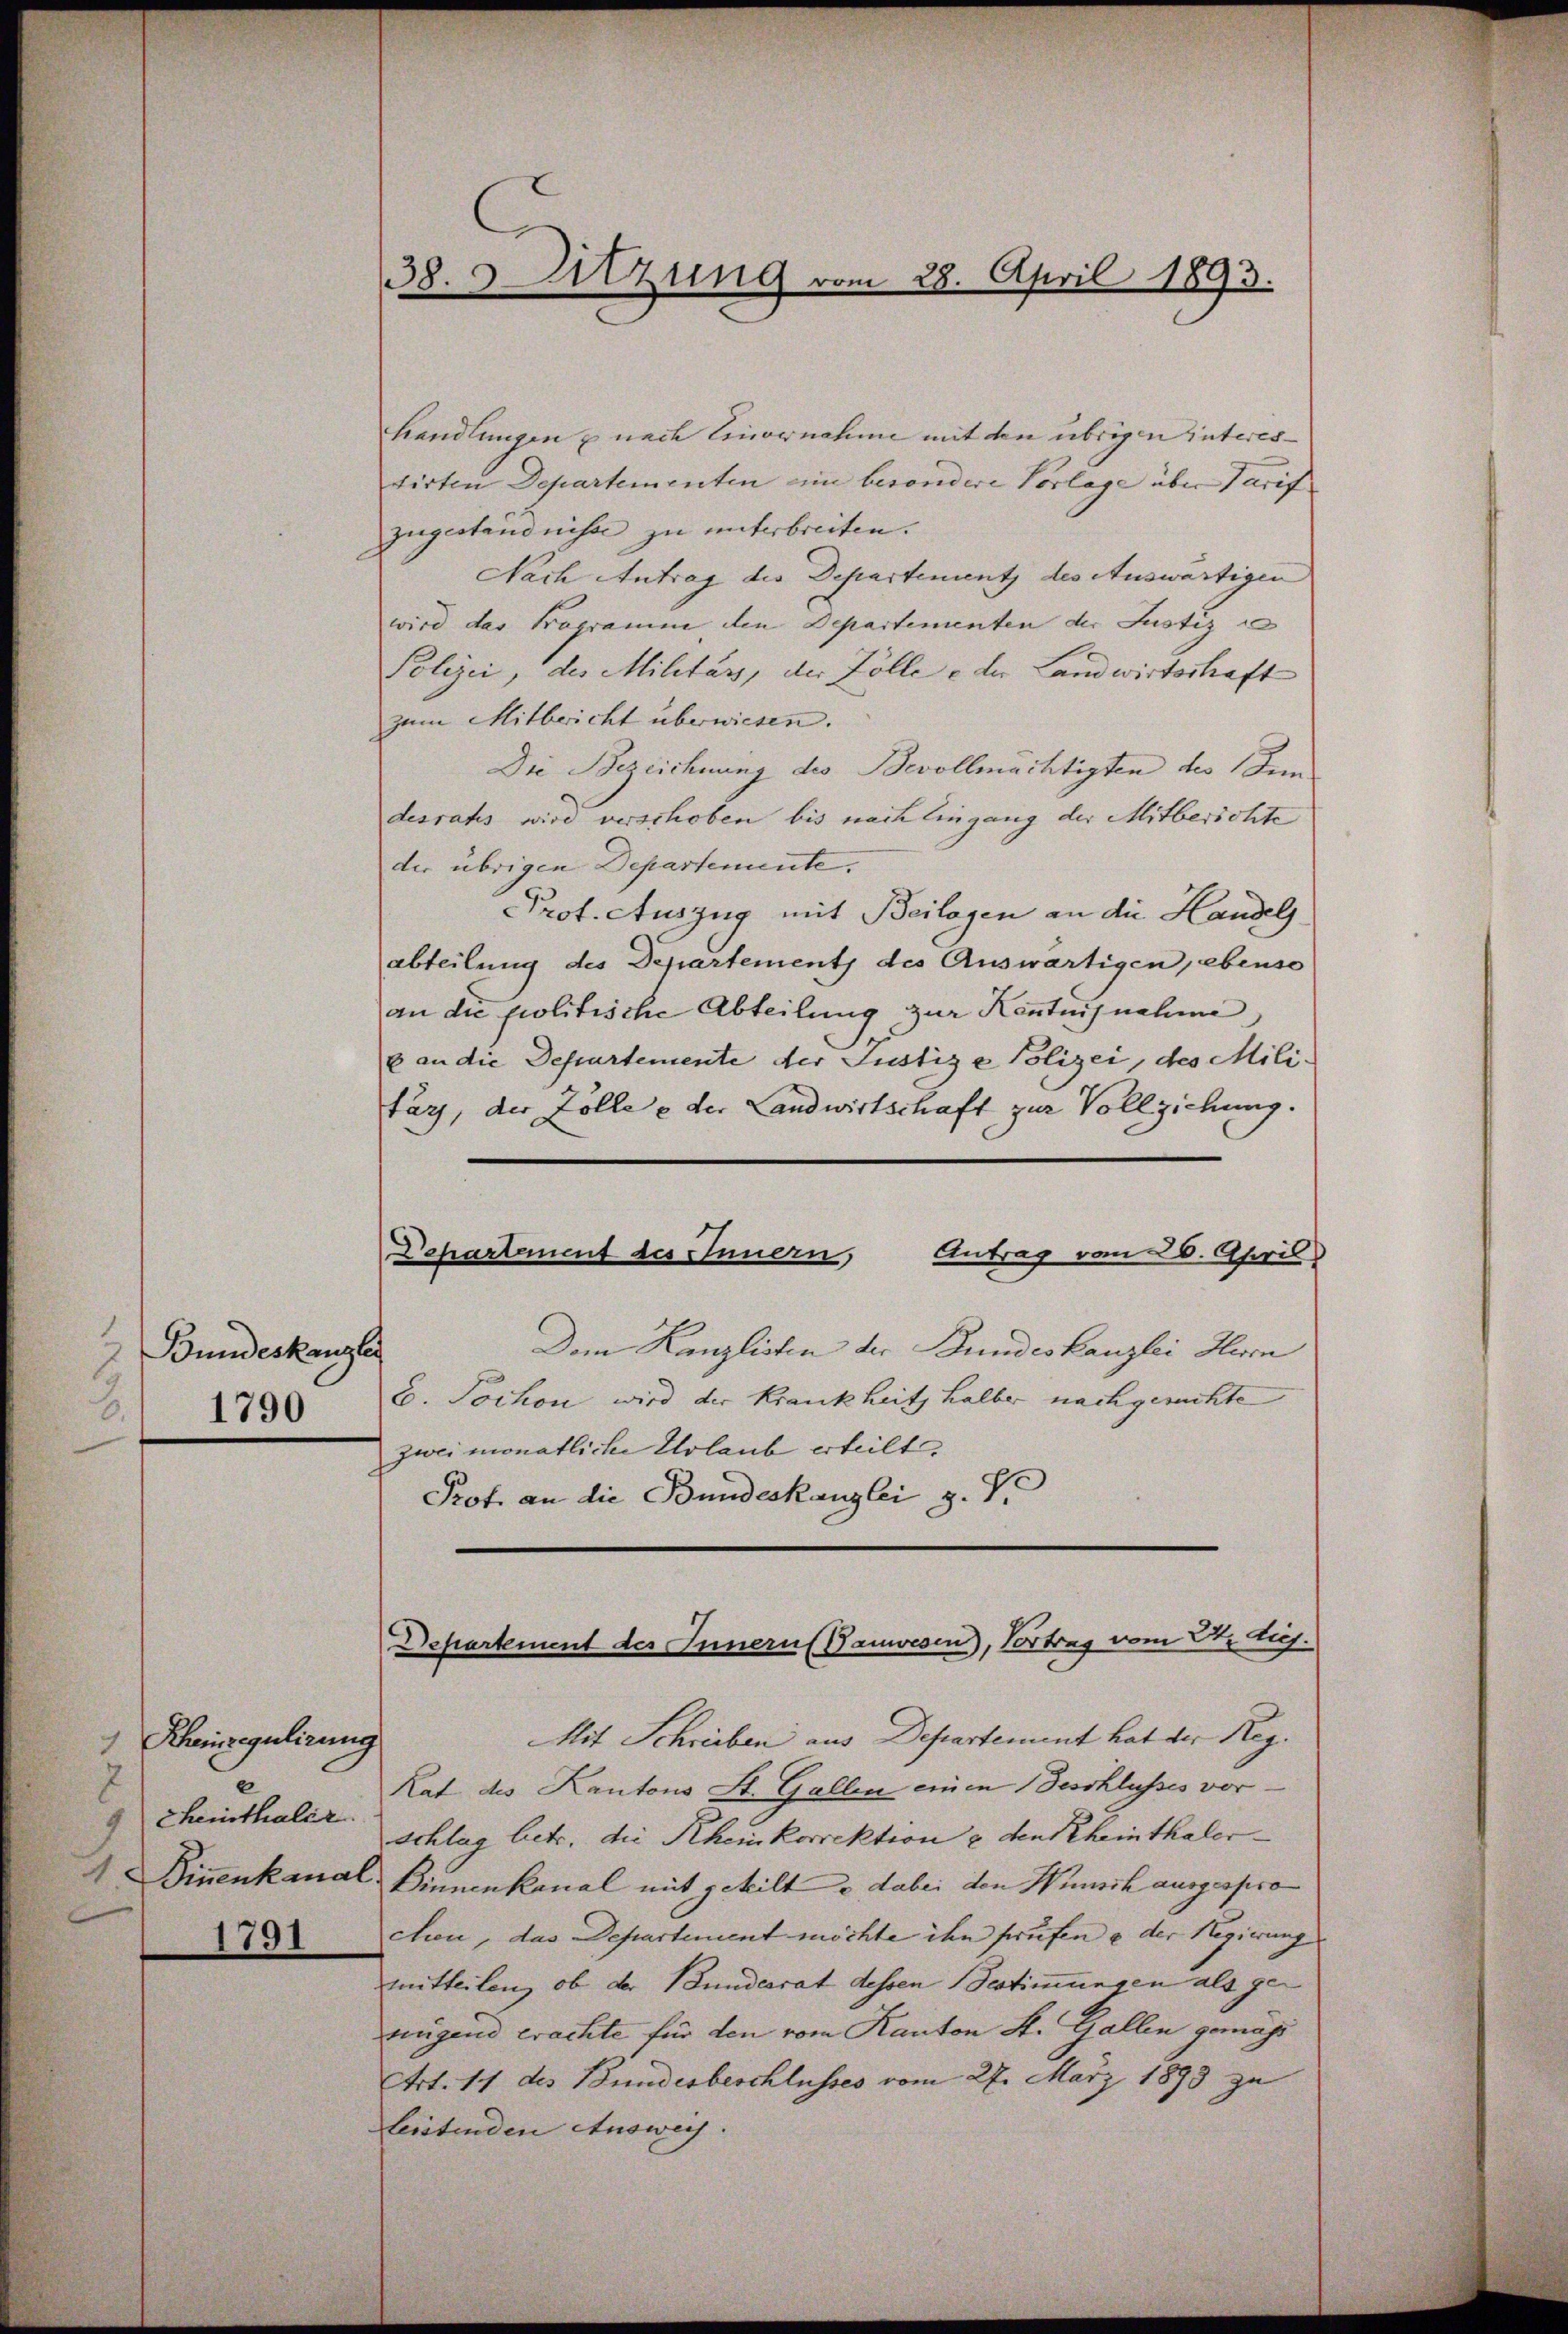
1
Bundeskanzlei
1790

Rheinregulirung
4
2
cheinthaler.
1

1791

handlungen u nach Einvernahme mit den übrigen Interes-
tirten Departementen eine besondere Vorlage über Tarif
zugeständnisse zu unterbreiten.
Nach Antrag des Departement des Auswärtigen
wird das Programm den Departementen der Justiz
Polizei, des Militärs, der Zölle e der Landwirtschaft
zum Mitbericht überwiesen.
Die Bezeichnung des Bevollmächtigten des Inn
desrats wird verschoben bis nach Eingang der Mitberichte
der übrigen Departemente.
Prof. Auszug mit Beilagen an die Handels
abteilung des Departement des Auswärtigen, ebenso
an die politische Abteilung zur Kenntnisnahme,
6 an die Departemente der Justiz & Polizei, des Milifärz, der Zölle e der Landwirtschaft zur Vollziehung.

38. Sitzung vom 28. April 1893.

Antrag vom 26. April
Dchartement des Innern,

Dem Kanzlisten der Bundeskanzlei Huen
E. Pochon wird der Krankheit, halber nachgerichte
zwei monatliche Erlaub erteilt.
Prof. an die Bundeskanzlei z. S.

Departement des Innern (Bauwesen), Vortrag vom 2t. huj.

Mit Schreiben aus Departement hat der Reg.
Rat des Kantons St. Gallen einen Beschlusses vor
schlag betr. die Rheinkorrektion & den Rheinthaler¬
Dinnenkanal Binnenkanal mit geheilt u dabei den Wünsch ausgespro
chien, das Departement möchte ihn prüfen u der Regierung
mitteilen, ob der Bundesrat dessen Bestimmungen als genügend erachte für den vom Kanton St. Gallen gemäss
Art. 17 des Bundesbeschlusses vom 27. März 1893 zu
leistenden Ausweis.